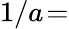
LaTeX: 1/a\! =